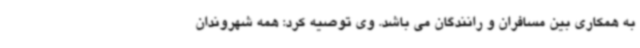
به همکاری بین مسافران و رانندگان می باشد. وی توصیه کرد: همه شهروندان